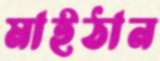
মাইঠান